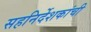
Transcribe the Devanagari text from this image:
सहनिर्देशकांची